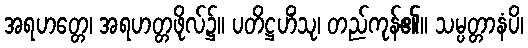
အရဟတ္တေ၊ အရဟတ္တဖိုလ်၌။ ပတိဋ္ဌဟိံသု၊ တည်ကုန်၏။ သမ္ပတ္တာနံပိ၊